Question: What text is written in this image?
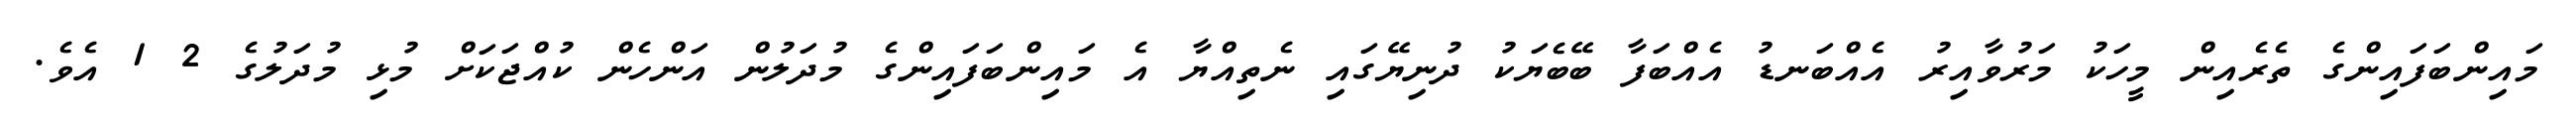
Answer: މައިންބަފައިންގެ ތެރެއިން މީހަކު މަރުވާއިރު އެއްބަނޑު އެއްބަފާ ބޭބެޔަކު ދުނިޔޭގައި ނެތިއްޔާ އެ މައިންބަފައިންގެ މުދަލުން އަންހެން ކުއްޖަކަށް މުޅި މުދަލުގެ 2 1 އެވެ.